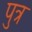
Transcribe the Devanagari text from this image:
पुत्र